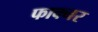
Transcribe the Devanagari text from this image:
फाक्नर